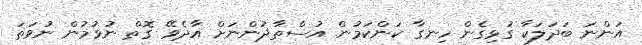
އަންނަ ބަދަލަކާ ގުޅިގެން ހިނގާ ކަންކަމުން އުސްތާޛުންނަށް އާދެވޭ ގޮތް ނުވުމުން ނުވަތަ